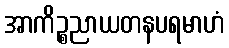
အာကိဉ္စညာယတနပရမာဟံ